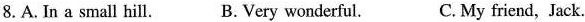
8.A. In a small hill. B. Very wonderful. C. My friend,Jack.